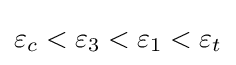
\varepsilon _{c}<\varepsilon _{3}<\varepsilon _{1}<\varepsilon _{t}